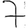
Digit: 7